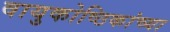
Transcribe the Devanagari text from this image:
वायुकोष्ठिकांच्या